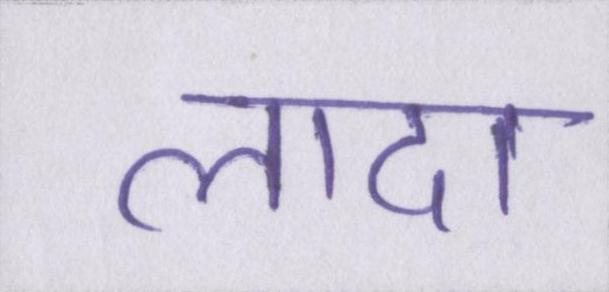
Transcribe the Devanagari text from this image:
लादा